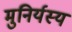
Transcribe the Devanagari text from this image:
मुनिर्यस्य